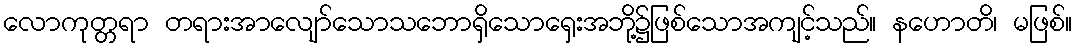
လောကုတ္တရာ တရားအာလျော်သောသဘောရှိသောရှေးအဘို့၌ဖြစ်သောအကျင့်သည်။ နဟောတိ၊ မဖြစ်။